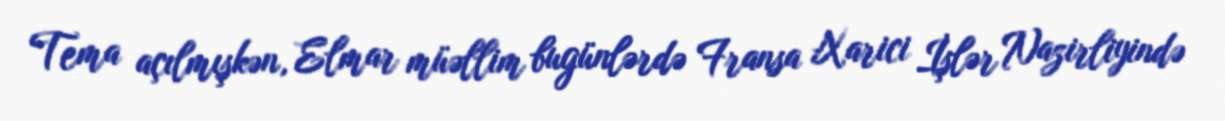
Tema açılmışkən, Elmar müəllim bugünlərdə Fransa Xarici İşlər Nazirliyində